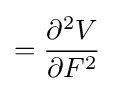
={\partial ^{2}V \over \partial F^{2}}